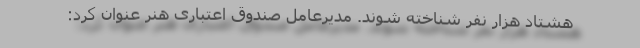
هشتاد هزار نفر شناخته شوند. مدیرعامل صندوق اعتباری هنر عنوان کرد: